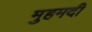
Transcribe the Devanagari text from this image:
मुहमदी